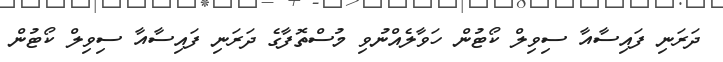
ދަރަނި ފައިސާއާ ސިވިލް ކޯޓުން ހަވާލެއްނުވި މުސްތޮފާގެ ދަރަނި ފައިސާއާ ސިވިލް ކޯޓުން